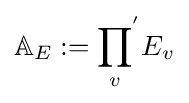
\mathbb {A} _{E}:={\prod _{v}}^{'}E_{v}